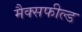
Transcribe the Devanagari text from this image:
मैक्सफील्ड